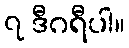
၇ ဒီဂရီပါ။